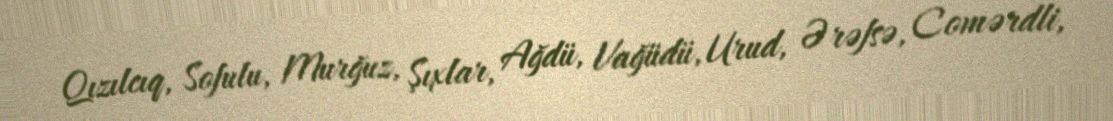
Qızılcıq, Sofulu, Murğuz, Şıxlar, Ağdü, Vağüdü, Urud, Ərəfsə, Comərdli,